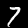
Digit: 7